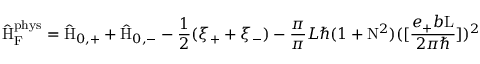
\hat { \mathrm { H } } _ { \mathrm { F } } ^ { \mathrm { p h y s } } = \hat { \mathrm { H } } _ { 0 , + } + \hat { \mathrm { H } } _ { 0 , - } - \frac { 1 } { 2 } ( \xi _ { + } + \xi _ { - } ) - \frac { \pi } { \pi } { L } { \hbar } ( 1 + \mathrm { N } ^ { 2 } ) ( [ \frac { e _ { + } b \mathrm { L } } { 2 { \pi } { \hbar } } ] ) ^ { 2 }